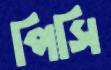
পিসি